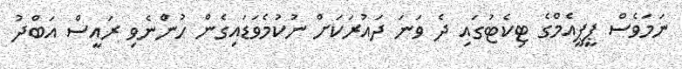
ނަމަވެސް ޕީޕީއެމްގެ ޓިކެޓުގައި ދެ ވަނަ ދައުރަކަށް ނުކުމެވަޑައިގެން ހުންނެވި ރައީސް އަބްދު